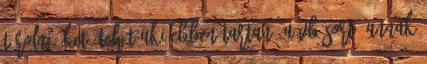
tárolni őket. Tehát aki ebben tartaná a VB-sort, annak